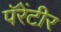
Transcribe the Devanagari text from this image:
पॅरेंटीर